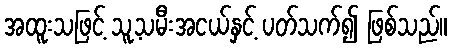
အထူးသဖြင့် သူ့သမီးအငယ်နှင့် ပတ်သက်၍ ဖြစ်သည်။